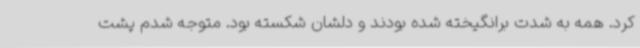
کرد. همه به شدت برانگیخته شده بودند و دلشان شکسته بود. متوجه شدم پشت